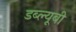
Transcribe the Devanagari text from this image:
डब्ल्यूबी